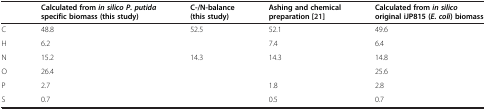
|  | Calculated from in silico P. putida specific biomass (this study) | C-/N-balance (this study) | Ashing and chemical preparation[21] | Calculated from in silico original iJP815 ( E. coli ) biomass |
 | --- | --- | --- | --- | --- |
 | C | 48.8 | 52.5 | 52.1 | 49.6 |
 | H | 6.2 |  | 7.4 | 6.4 |
 | N | 15.2 | 14.3 | 14.3 | 14.8 |
 | O | 26.4 |  |  | 25.6 |
 | P | 2.7 |  | 1.8 | 2.8 |
 | S | 0.7 |  | 0.5 | 0.7 |